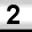
Digit: 2